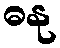
ဓနု